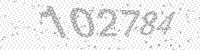
Solution: 102784